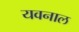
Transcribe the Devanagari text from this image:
यवनाल